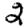
Digit: 2